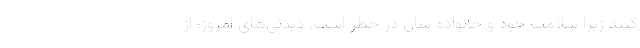
کنند زیرا سلامت خود و خانواده شان در خطر است. دیدنی‌های امروز؛ از